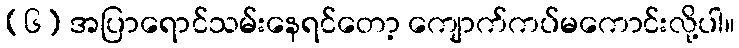
(၆) အပြာရောင်သမ်းနေရင်တော့ ကျောက်ကပ်မကောင်းလို့ပါ။